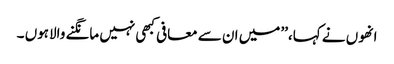
انھوں نے کہا،’’ میں ان سے معافی کبھی نہیں مانگنے والاہوں ۔